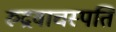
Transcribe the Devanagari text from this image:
रुद्रवाचस्पति